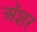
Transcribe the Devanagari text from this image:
अॅशर